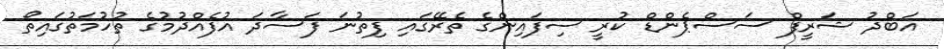
އަބްދު ޝަރީފް ސަސްޕެންޑް ކުރީ ސިފައިންގެ ތެރޭގައި ފިތުނަ ފަސާދަ އުފެއްދުމުގެ ތުހުމަތުގައިތޯ